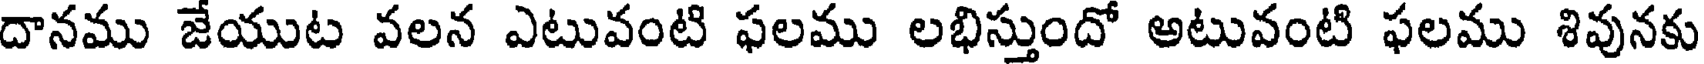
దానము జేయుట వలన ఎటువంటి ఫలము లభిస్తుందో అటువంటి ఫలము శివునకు